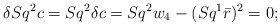
\begin{align*}\delta Sq^2c = Sq^2\delta c = Sq^2w_4 - (Sq^1\bar{r})^2 =0; \end{align*}